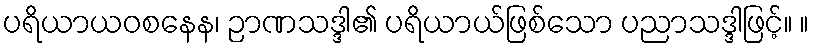
ပရိယာယဝစနေန၊ ဉာဏသဒ္ဒါ၏ ပရိယာယ်ဖြစ်သော ပညာသဒ္ဒါဖြင့်။ ။